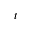
t